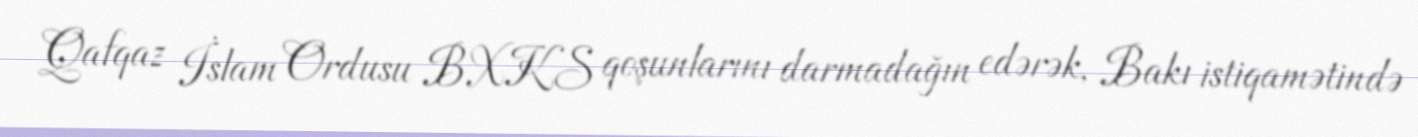
Qafqaz İslam Ordusu BXKS qoşunlarını darmadağın edərək, Bakı istiqamətində